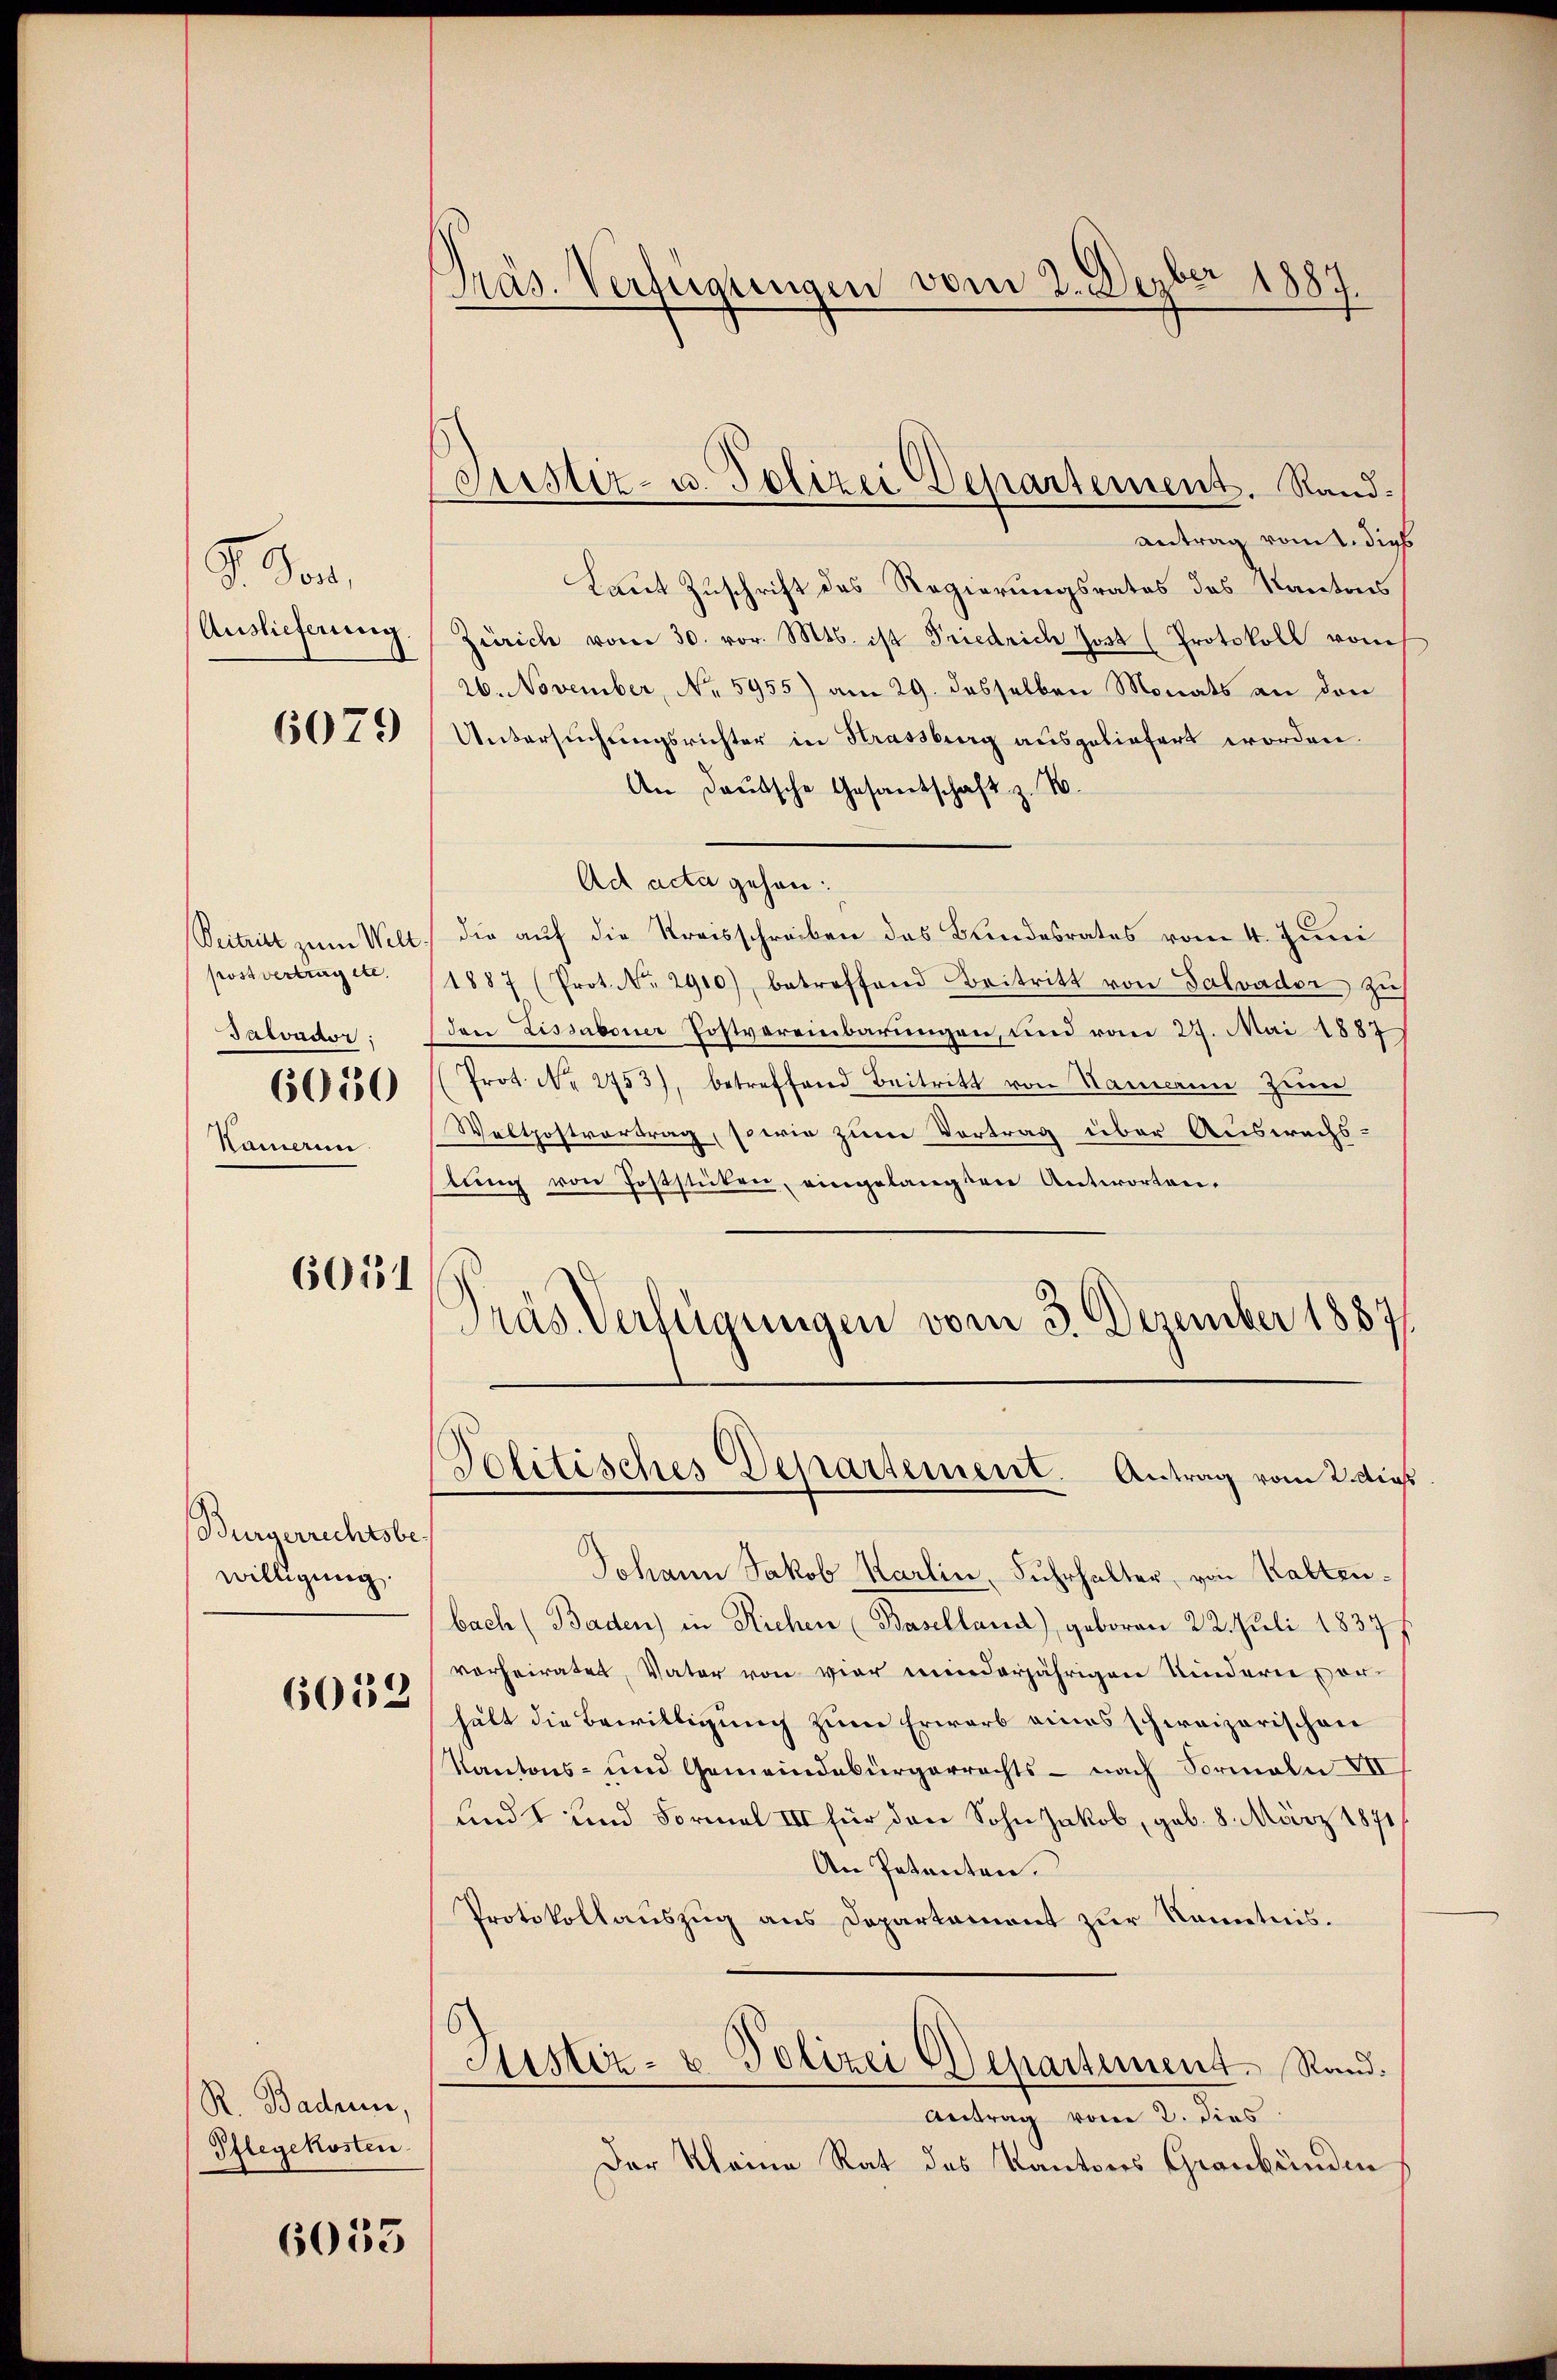
J. or.
Auslieferung

6079

Beitritt zum Welt
postvertrag etc.
Salvador;
6050
Kamerin

6051

Bürgerrechtsbe
willigung.
6053

R. Baden.
Pflegekosten

Präs. Verfügungen vom 2. Dezber 1887.

Justiz- u. Polizei Departement. Rand¬

6053

antrag vom 1. dies
Laut Zuschrift des Regierungsrates des Kantons
Zürich vom 30. vor. Mts. ist Friedrich Jost (Protokoll vom
26. November, No 5955) am 29. desselben Monats an den
Untersuchungsrichter in Strassburg ausgeliefert worden.
An Deutsche Gesandschaft z. B.
Ad acta gehen.
die auf die Kreisschreiben das Bundesrates vom 4. Juni
1887 (Prot. No. 2910), betreffend Beitritt von Salvader zŭ
den Lissaboner Postvereinbarungen, und vom 27. Mai 1887
(Prot. N. 253), betreffend Beitritt von Hammann zum
Woltpostvortrag, sowie zum Vortrag über Auswachslŭng von Poststücken, eingelangten Antworten,
Präs. Verfügungen vom 3. Dezember 1887
.
Politisches Departement. Antrag vom 2. dies
Johann Jakob Karlin, Fuhrhalter, von Kaltenbach (Baden) in Richen (Baselland), geboren 22. Juli 1837 f
vorheiratet, Vater von vier minderjährigen Kindern vorhält die Bewilligung zum Erwarb eines schweizerischen
Kantons- und Gemeindebürgerrechts - nach Formeln VII
undt und Formel III für den Sohn Jakob, geb. 8. März 1871
An Petenten.
Protokollauszug aus Departement zur Kenntnis.
Justiz- u. Polizei Departement. Rand.
Antrag vom 2. dies
Der Kleine Rat des Kantons Graubünden